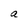
Character: a